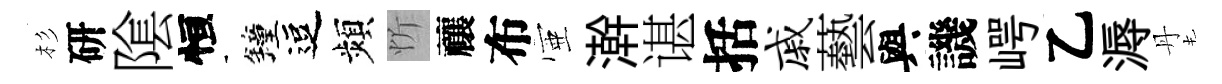
杉研隂恒鐘逗頻忻禳布壺澣谌括戚藝與譏崿乙溽丹